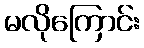
မလိုကြောင်း